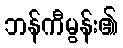
ဘန်ကီမွန်း၏